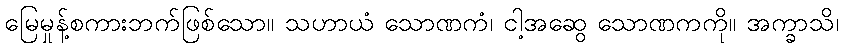
မြေမှုန့်စကားဘက်ဖြစ်သော။ သဟာယံ သောဏကံ၊ ငါ့အဆွေ သောဏကကို။ အက္ခာသိ၊